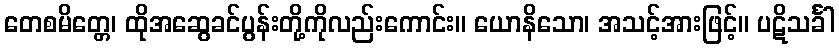
တေစမိတ္တေ၊ ထိုအဆွေခင်ပွန်းတို့ကိုလည်းကောင်း။ ယောနိသော၊ အသင့်အားဖြင့်။ ပဋိသင်္ခါ